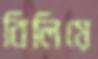
বিলিয়ে